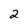
Character: 2